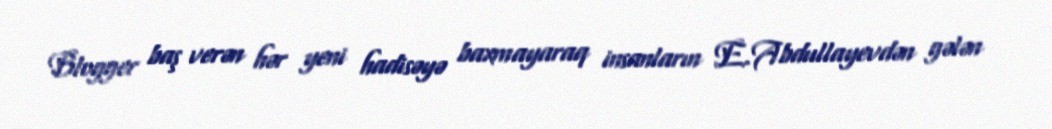
Blogger baş verən hər yeni hadisəyə baxmayaraq insanların E.Abdullayevdən gələn